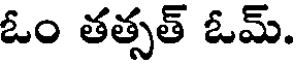
ఓం తత్సత్ ఓమ్.